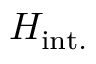
H _ { \mathrm { i n t . } }